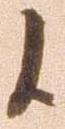
候